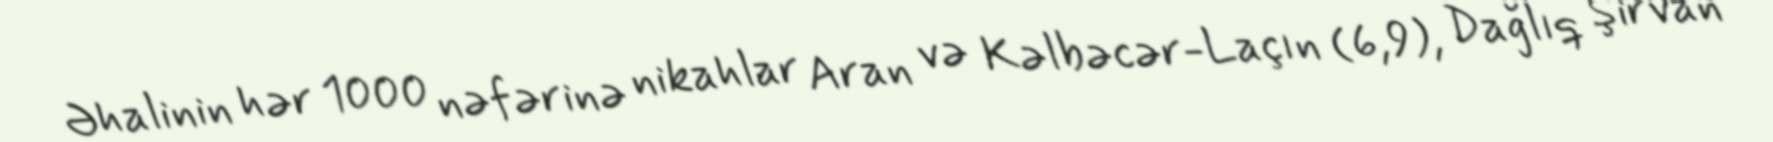
Əhalinin hər 1000 nəfərinə nikahlar Aran və Kəlbəcər-Laçın (6,9), Dağlıq Şirvan